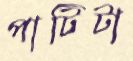
পাটিটা